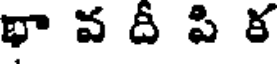
భా వ దీ పి క